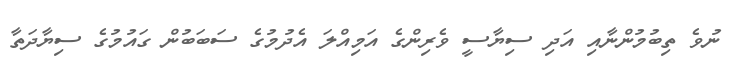
ނުވެ ތިބުމުންނާއި އަދި ސިޔާސީ ވެރިންގެ އަމިއްލަ އެދުމުގެ ސަބަބުން ގައުމުގެ ސިޔާދަތާ